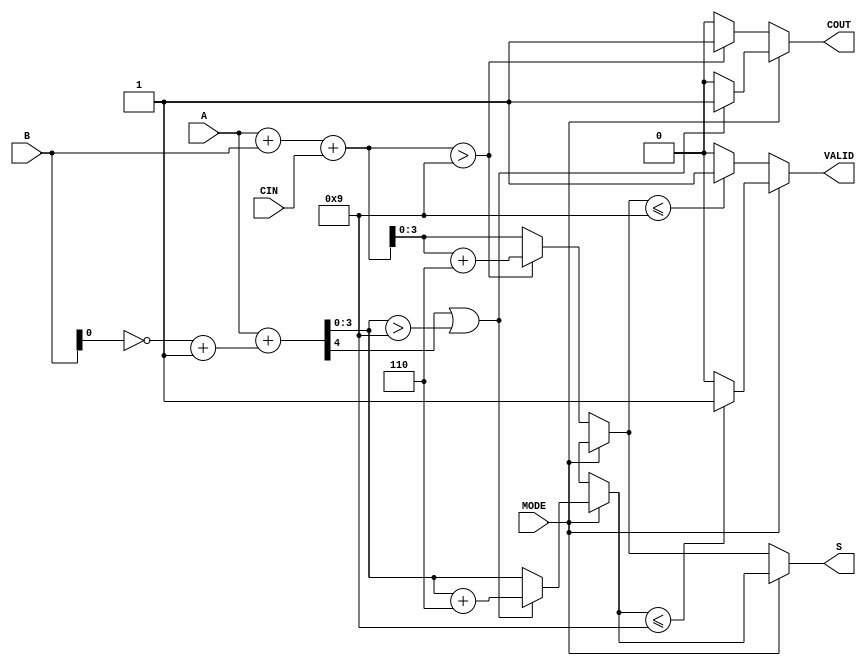
module BCD_Add_Subtracter (
    input [3:0] A,      // First BCD digit
    input [3:0] B,      // Second BCD digit
    input MODE,         // Mode: 0 for Add, 1 for Subtract
    input CIN,          // Carry-in
    output reg [3:0] S, // Resulting BCD digit
    output reg COUT,    // Carry-out
    output reg VALID     // Validity signal
);
    wire [4:0] sum;     // 5-bit to hold the sum (A + B + CIN)
    wire [4:0] sub;     // 5-bit to hold the subtraction result (A - B)
    wire B_comp;        // B's 2's complement indicator for subtraction

    // Perform addition of A, B, and CIN
    assign sum = A + B + CIN;

    // Perform subtraction: A + (~B + 1) <=> A - B
    assign B_comp = ~B + 1; // 2's complement of B
    assign sub = A + B_comp;

    always @(*) begin
        COUT = 0; // Default COUT
        VALID = 0; // Default VALID
        
        if (MODE == 0) begin  // Addition
            S = sum[3:0];     // Take lower 4 bits of sum
            if (sum > 9) begin // Check if result exceeds BCD limit
                S = S + 6;     // Add 6 to correct the result
                COUT = 1;      // Set carry-out
            end
            // Check if S is a valid BCD
            VALID = (S <= 9) ? 1 : 0; // Ensure S is still a valid BCD (0-9)
        end else begin  // Subtraction
            S = sub[3:0];     // Take lower 4 bits of sub
            if (sub[4] == 1 || S > 9) begin // If negative or invalid
                S = S + 6;      // Adjust to valid BCD
                COUT = 1;       // Borrow condition
            end
            // Check if S is a valid BCD
            VALID = (S <= 9) ? 1 : 0; // Ensure S is still a valid BCD (0-9)
        end
    end
endmodule